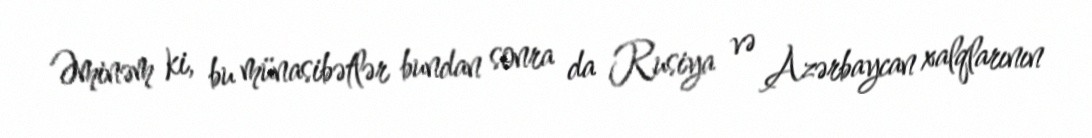
Əminəm ki, bu münasibətlər bundan sonra da Rusiya və Azərbaycan xalqlarının